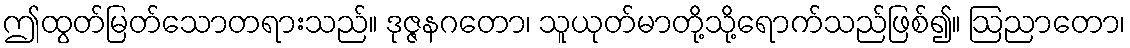
ဤထွတ်မြတ်သောတရားသည်။ ဒုဇ္ဇနဂတော၊ သူယုတ်မာတို့သို့ရောက်သည်ဖြစ်၍။ ဩညာတော၊